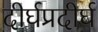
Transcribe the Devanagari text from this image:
दीर्घप्रदीर्घ